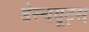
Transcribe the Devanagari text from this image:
डेस्चयूट्स